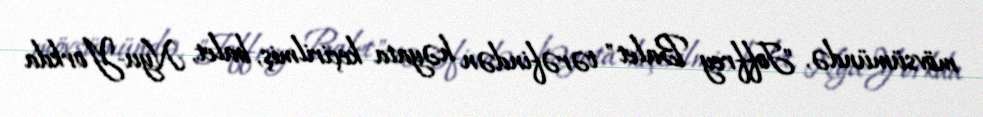
mövsümündə, "Joffrey Balet" tərəfindən həyata keçirilmiş, balet, Nyu-Yorkda